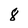
Character: 8